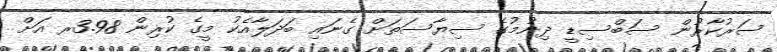
ސަރުކާރުން ސަބްސިޑީ ދިނުމުގެ ސިޔާސަތަށް ގެނައި ބަދަލާއެކު މީގެ ކުރިން 3.98ރ އަށް